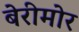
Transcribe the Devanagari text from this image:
बेरीमोर